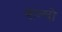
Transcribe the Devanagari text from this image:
वाल्दो